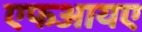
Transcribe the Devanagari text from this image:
एफआयए